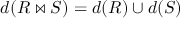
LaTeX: d ( R \bowtie S ) = d ( R ) \cup d ( S )